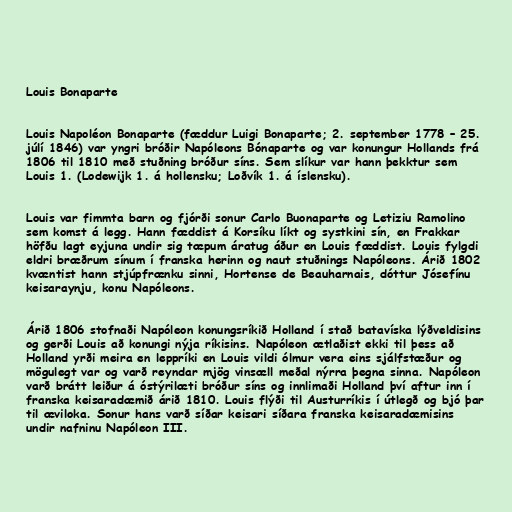
Louis Bonaparte

Louis Napoléon Bonaparte (fæddur Luigi Bonaparte; 2. september 1778 – 25.
júlí 1846) var yngri bróðir Napóleons Bónaparte og var konungur Hollands frá
1806 til 1810 með stuðning bróður síns. Sem slíkur var hann þekktur sem
Louis 1. (Lodewijk 1. á hollensku; Loðvík 1. á íslensku).

Louis var fimmta barn og fjórði sonur Carlo Buonaparte og Letiziu Ramolino
sem komst á legg. Hann fæddist á Korsíku líkt og systkini sín, en Frakkar
höfðu lagt eyjuna undir sig tæpum áratug áður en Louis fæddist. Louis fylgdi
eldri bræðrum sínum í franska herinn og naut stuðnings Napóleons. Árið 1802
kvæntist hann stjúpfrænku sinni, Hortense de Beauharnais, dóttur Jósefínu
keisaraynju, konu Napóleons.

Árið 1806 stofnaði Napóleon konungsríkið Holland í stað batavíska lýðveldisins
og gerði Louis að konungi nýja ríkisins. Napóleon ætlaðist ekki til þess að
Holland yrði meira en leppríki en Louis vildi ólmur vera eins sjálfstæður og
mögulegt var og varð reyndar mjög vinsæll meðal nýrra þegna sinna. Napóleon
varð brátt leiður á óstýrilæti bróður síns og innlimaði Holland því aftur inn í
franska keisaradæmið árið 1810. Louis flýði til Austurríkis í útlegð og bjó þar
til æviloka. Sonur hans varð síðar keisari síðara franska keisaradæmisins
undir nafninu Napóleon III.